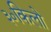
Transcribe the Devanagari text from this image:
३०किलो